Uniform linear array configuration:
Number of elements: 64
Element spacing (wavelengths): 0.5
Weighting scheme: uniform
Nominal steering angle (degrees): -30
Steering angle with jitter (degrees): -31.573
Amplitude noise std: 0.05
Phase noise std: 0.05

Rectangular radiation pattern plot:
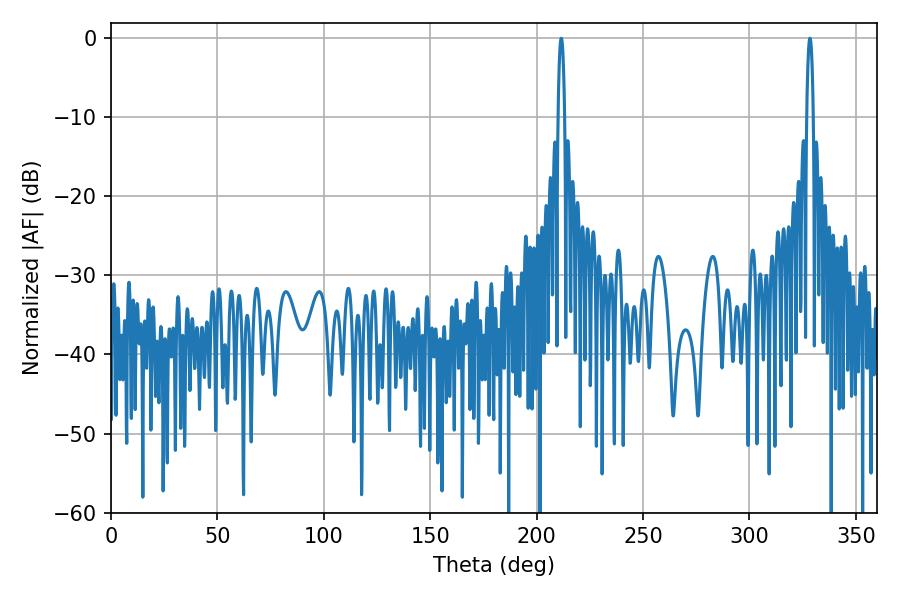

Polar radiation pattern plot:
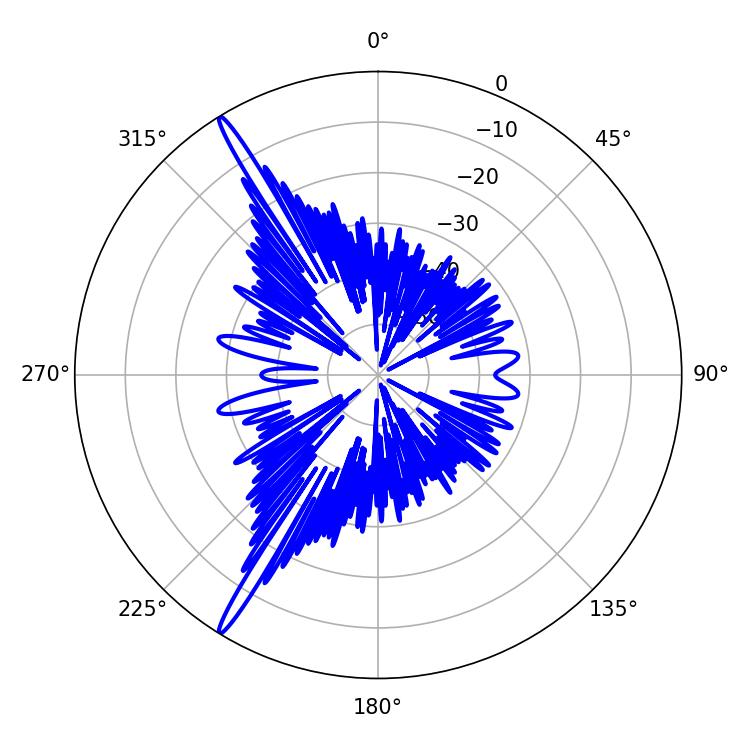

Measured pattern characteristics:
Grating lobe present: FALSE
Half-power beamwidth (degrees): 1.62
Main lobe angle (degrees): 211.5